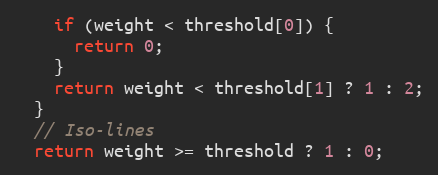
Language: JavaScript
    if (weight < threshold[0]) {
      return 0;
    }
    return weight < threshold[1] ? 1 : 2;
  }
  // Iso-lines
  return weight >= threshold ? 1 : 0;